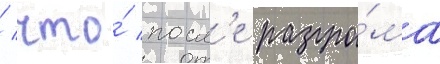
/ что́ посл'е разгро́ма